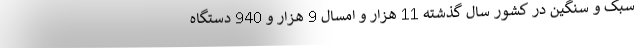
سبک و سنگین در کشور سال گذشته 11 هزار و امسال 9 هزار و 940 دستگاه